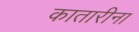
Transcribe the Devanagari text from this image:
कातारीना